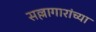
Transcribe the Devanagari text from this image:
सल्लागारांच्या